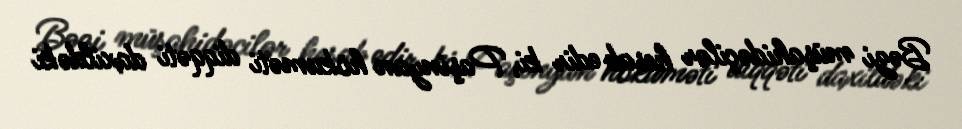
Bəzi müşahidəçilər hesab edir ki, Paşinyan hökuməti diqqəti daxildəki